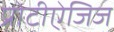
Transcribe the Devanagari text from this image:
प्रोटीऐजिज